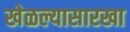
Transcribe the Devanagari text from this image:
खेळल्यासारखा